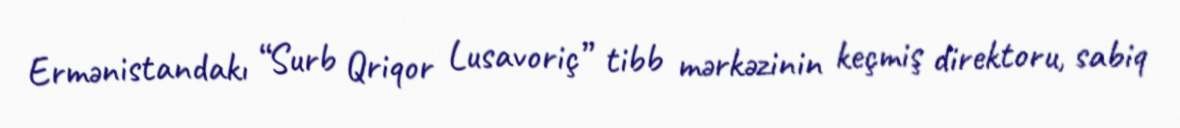
Ermənistandakı “Surb Qriqor Lusavoriç” tibb mərkəzinin keçmiş direktoru, sabiq